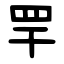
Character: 䍐